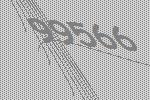
99566